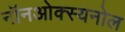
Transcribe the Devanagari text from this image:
नॉनओक्स्यनोल